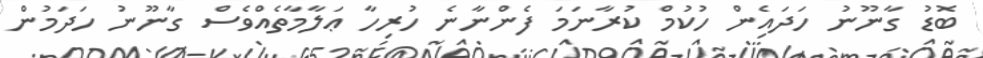
ބޮޑު ގާނޫނު ހަދައިެން ހުކުމް ކުރާނަމަ ފެންނާނެ ހުރިހާ ޢަލާމާތެއްވެސް ގާނޫނު ހަދަމުން